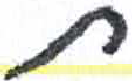
אות: ת